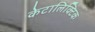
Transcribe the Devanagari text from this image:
केटालिक्टिक